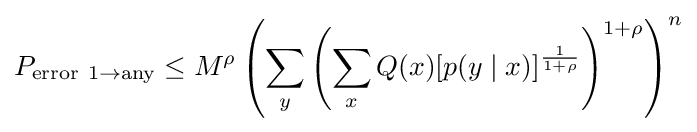
P_{\mathrm {error} \ 1\to \mathrm {any} }\leq M^{\rho }\left(\sum _{y}\left(\sum _{x}Q(x)[p(y\mid x)]^{\frac {1}{1+\rho }}\right)^{1+\rho }\right)^{n}